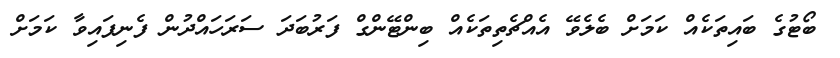
ބޯޓުގެ ބައިތަކެއް ކަމަށް ބެލެވޭ އެއްޗެތިތަކެއް ބިންޓޭންގް ފަރުބަދަ ސަރަހައްދުން ފެނިފައިވާ ކަމަށް